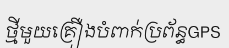
ថ្មីមួយគ្រឿងបំពាក់ប្រព័ន្ធGPS